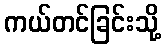
ကယ်တင်ခြင်းသို့